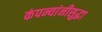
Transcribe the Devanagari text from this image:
कंपन्यांनीसुद्धा